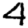
Digit: 4